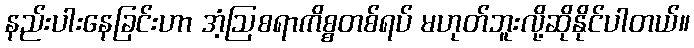
နည်းပါးနေခြင်းဟာ အံ့ဩစရာကိစ္စတစ်ရပ် မဟုတ်ဘူးလို့ဆိုနိုင်ပါတယ်။